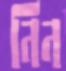
নিন